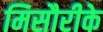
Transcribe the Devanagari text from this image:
मिसौरीके